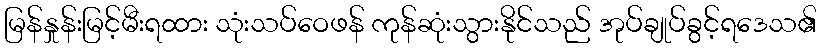
မြန်နှုန်းမြင့်မီးရထား သုံးသပ်ဝေဖန် ကုန်ဆုံးသွားနိုင်သည် အုပ်ချုပ်ခွင့်ရဒေသ၏